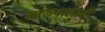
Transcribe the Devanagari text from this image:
स्वरुपालागी